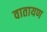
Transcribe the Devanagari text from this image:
वातायण